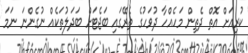
ކުރިއަށް އޮތް ދެތިން މަހެއްހާ ދުވަހުގެ ތެރޭގައި ބަޖެޓަށް ބަދަލުތަކެއް ނުގެންނަ ނަމަ